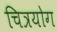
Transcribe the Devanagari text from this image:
चित्रयोग